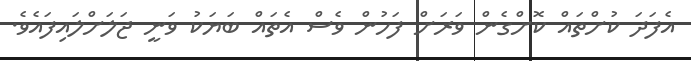
އެފަދަ ކުށްތައް ކޮށްގެން ވަރަށް ފަހުން ވެސް އެތައް ބަޔަކު ވަނީ ޖަލަށްލައިފައެވެ.